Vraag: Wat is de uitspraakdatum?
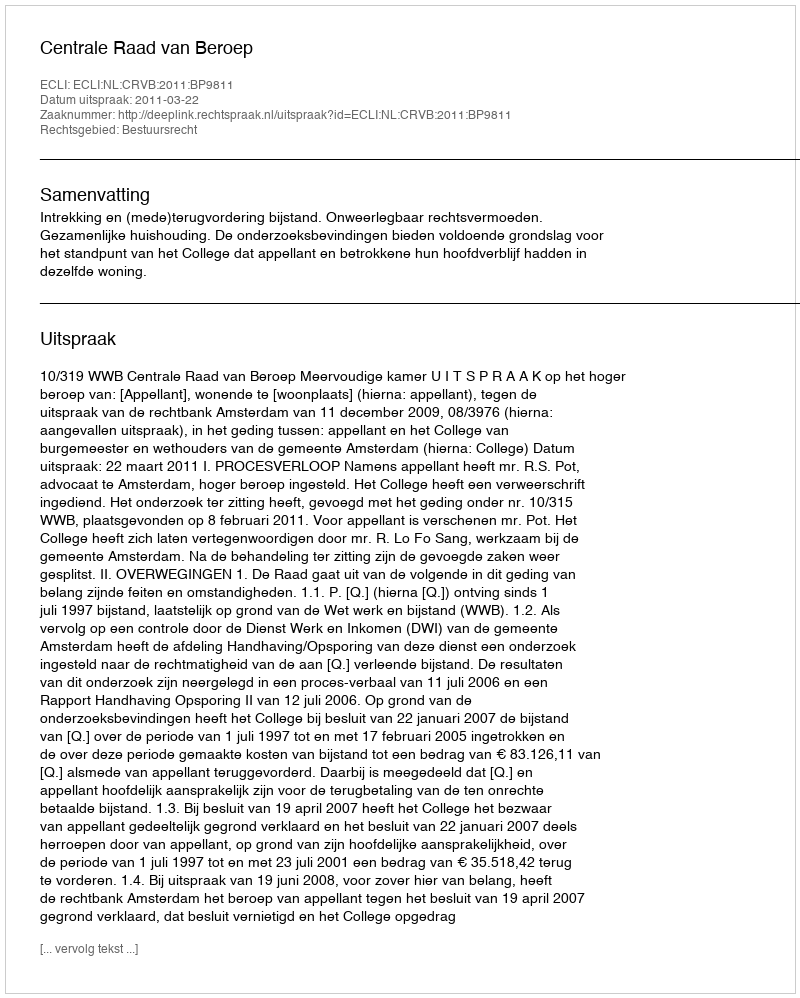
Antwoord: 2011-03-22